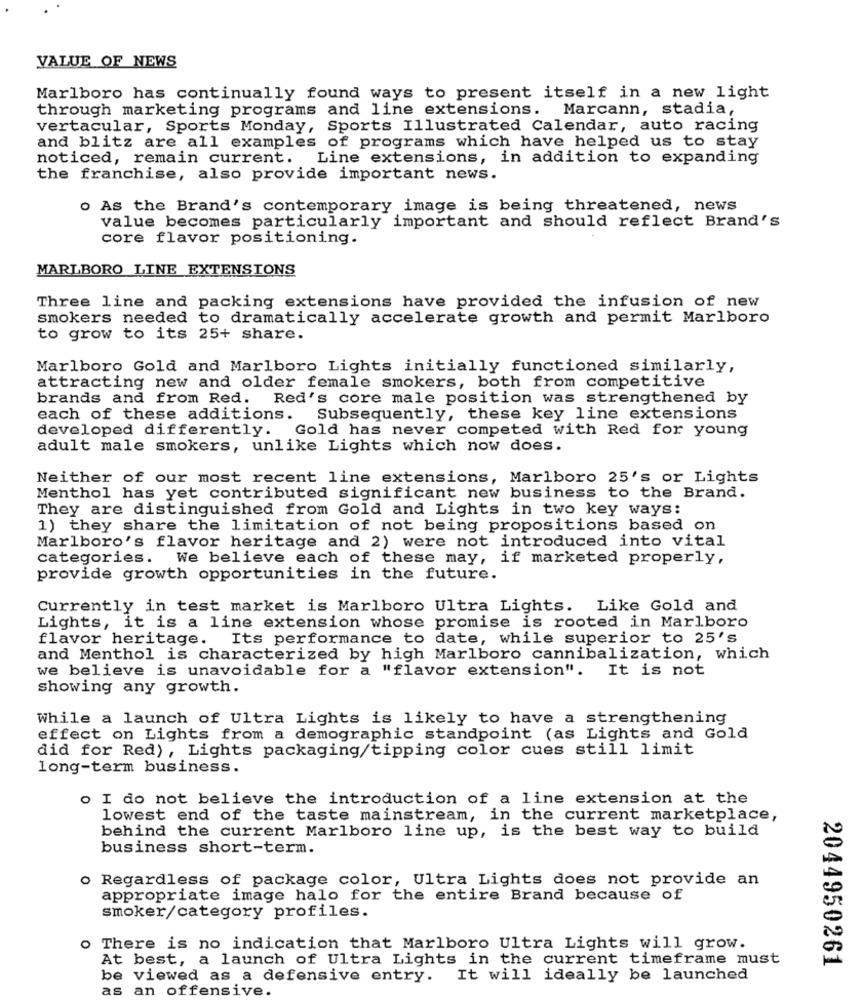
VALUE OF NEWS
Marlboro has continually found ways to present itself in a new light
through marketing programs and line extensions. Marcann, stadia,
vertacular, Sports Monday, Sports Illustrated Calendar, auto racing
and blitz are all examples of programs which have helped us to stay
noticed, remain current. Line extensions, in addition to expanding
the franchise, also provide important news.
o As the Brand's contemporary image is being threatened, news
value becomes particularly important and should reflect Brand's
core flavor positioning.
MARLBORO LINE EXTENSIONS
Three line and packing extensions have provided the infusion of new
smokers needed to dramatically accelerate growth and permit Marlboro
to grow to its 25+ share.
Marlboro Gold and Marlboro Lights initially functioned similarly,
attracting new and older female smokers, both from competitive
brands and from Red. Red's core male position was strengthened by
each of these additions.
Subsequently, these key line extensions
developed differently. Gold has never competed with Red for young
adult male smokers, unlike Lights which now does.
Neither of our most recent line extensions, Marlboro 25's or Lights
Menthol has yet contributed significant new business to the Brand.
They are distinguished from Gold and Lights in two key ways:
1) they share the limitation of not being propositions based on
Marlboro's flavor heritage and 2) were not introduced into vital
categories. We believe each of these may, if marketed properly,
provide growth opportunities in the future.
Currently in test market is Marlboro Ultra Lights. Like Gold and
Lights, it is a line extension whose promise is rooted in Marlboro
flavor heritage. Its performance to date, while superior to 25's
and Menthol is characterized by high Marlboro cannibalization, which
we believe is unavoidable for a "flavor extension". It is not
showing any growth.
While a launch of Ultra Lights is likely to have a strengthening
effect on Lights from a demographic standpoint (as Lights and Gold
did for Red) , Lights packaging/tipping color cues still limit
long-term business.
o I do not believe the introduction of a line extension at the
lowest end of the taste mainstream, in the current marketplace,
behind the current Marlboro line up, is the best way to build
business short-term.
o Regardless of package color, Ultra Lights does not provide an
appropriate image halo for the entire Brand because of
smoker/category profiles.
O
There is no indication that Marlboro Ultra Lights will grow.
At best, a launch of Ultra Lights in the current timeframe must
2044950261
be viewed as a defensive entry. It will ideally be launched
as an offensive.